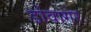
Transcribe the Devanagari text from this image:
डोवागेर